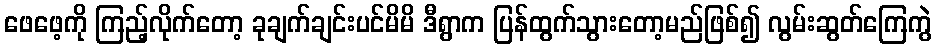
ဖေဖေ့ကို ကြည့်လိုက်တော့ ခုချက်ချင်းပင်မိမိ ဒီရွာက ပြန်ထွက်သွားတော့မည်ဖြစ်၍ လွမ်းဆွတ်ကြေကွဲ